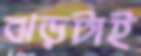
ঝড়টাই